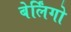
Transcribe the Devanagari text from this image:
बेर्लिंगो